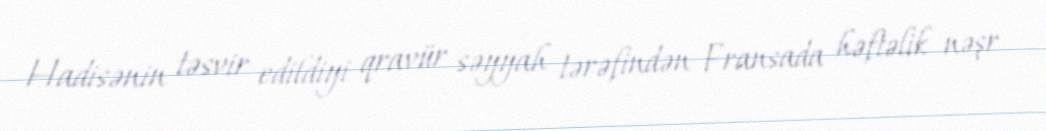
Hadisənin təsvir edildiyi qravür səyyah tərəfindən Fransada həftəlik nəşr